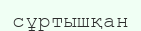
сұртышқан